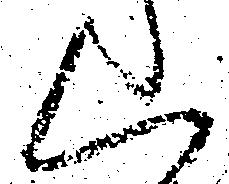
く